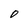
Character: D